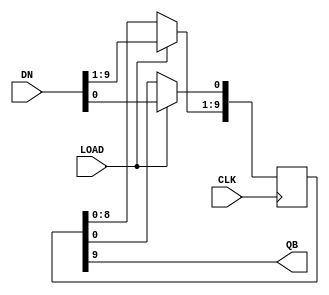
module zuoyi(CLK, LOAD,DN,QB);
input CLK,LOAD;
input [9:0]DN;
output QB;
reg[9:0] REG10;
always@(posedge CLK)
if(LOAD)
REG10<=DN;
else REG10[9:1]<=REG10[8:0];
assign QB=REG10[9];
endmodule